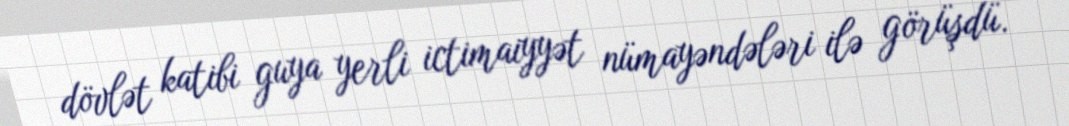
dövlət katibi guya yerli ictimaiyyət nümayəndələri ilə görüşdü.